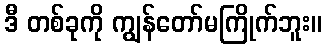
ဒီ တစ်ခုကို ကျွန်တော်မကြိုက်ဘူး။